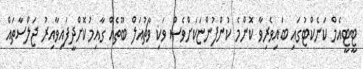
ޓީޓީއެމް ކަނެކްޓުގައި ބައިވެރިވާ ކޮންމެ ކުންފުންޏަކަށްވެސް ވަކި ވާޗުއަލް ބޫތެއް ގާއިމުކޮށްދީފައިވާއިރު ޖަލްސާތައް